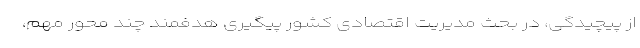
از پیچیدگی، در بحث مدیریت اقتصادی کشور پیگیری هدفمند چند محور مهم،